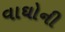
વાઘોની